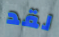
لقد